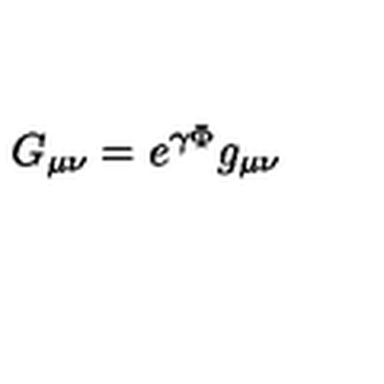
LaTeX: G _ { \mu \nu } = e ^ { \gamma \Phi } g _ { \mu \nu }